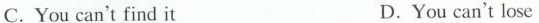
C.You can't find it D.You can't lose